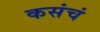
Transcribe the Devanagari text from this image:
कसंचं